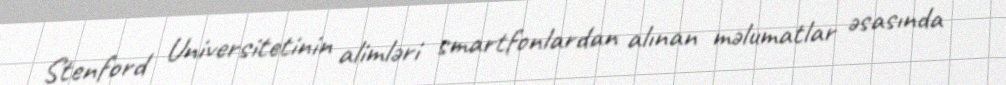
Stenford Universitetinin alimləri smartfonlardan alınan məlumatlar əsasında